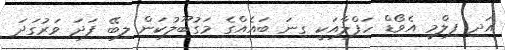
އަދި ފިލްމީ އެވޯޑް ހަފްލާއަކީ ގިނަ ބައެއްގެ މަގުބޫލުކަން ލިބޭ ފަދަ ވަރުގަދަ